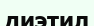
диэтил